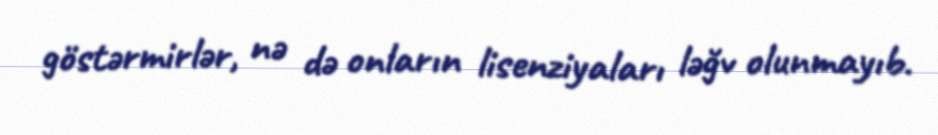
göstərmirlər, nə də onların lisenziyaları ləğv olunmayıb.